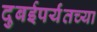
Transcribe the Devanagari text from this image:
दुबईपर्यंतच्या